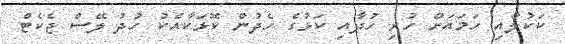
ކަކުލާއި ހަމައަށް ހުރި ހުދާއި ކަޅުގެ ހެދުން ކޮޅަކާއެކު ހުދު ލޭސް ޖެކެޓް